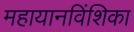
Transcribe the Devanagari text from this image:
महायानविंशिका